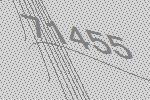
71455